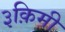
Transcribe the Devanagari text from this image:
३क़िमी